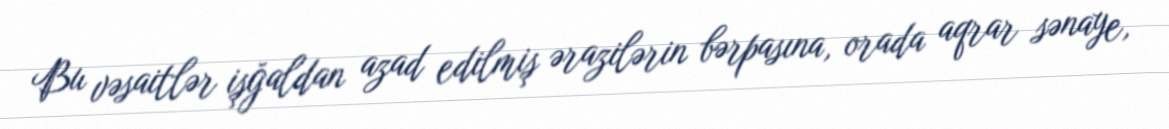
Bu vəsaitlər işğaldan azad edilmiş ərazilərin bərpasına, orada aqrar sənaye,